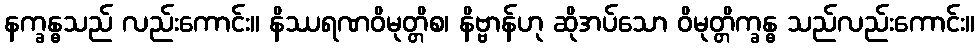
နက္ခန္ဓသည် လည်းကောင်း။ နိဿရဏဝိမုတ္တိစ၊ နိဗ္ဗာန်ဟု ဆိုအပ်သော ဝိမုတ္တိက္ခန္ဓ သည်လည်းကောင်း။